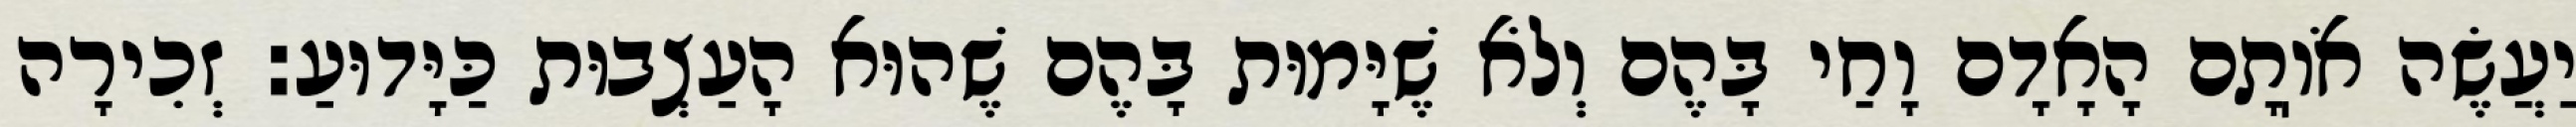
יַעֲשֶׂה אֹוֽתָם הָאָדָם וָחַי בָּהֶם וְלֹא שֶׁיָּמוּת בָּהֶם שֶׁהוּא הָעַצְבוּת כַּיָּדוּעַ: זְכִירָה